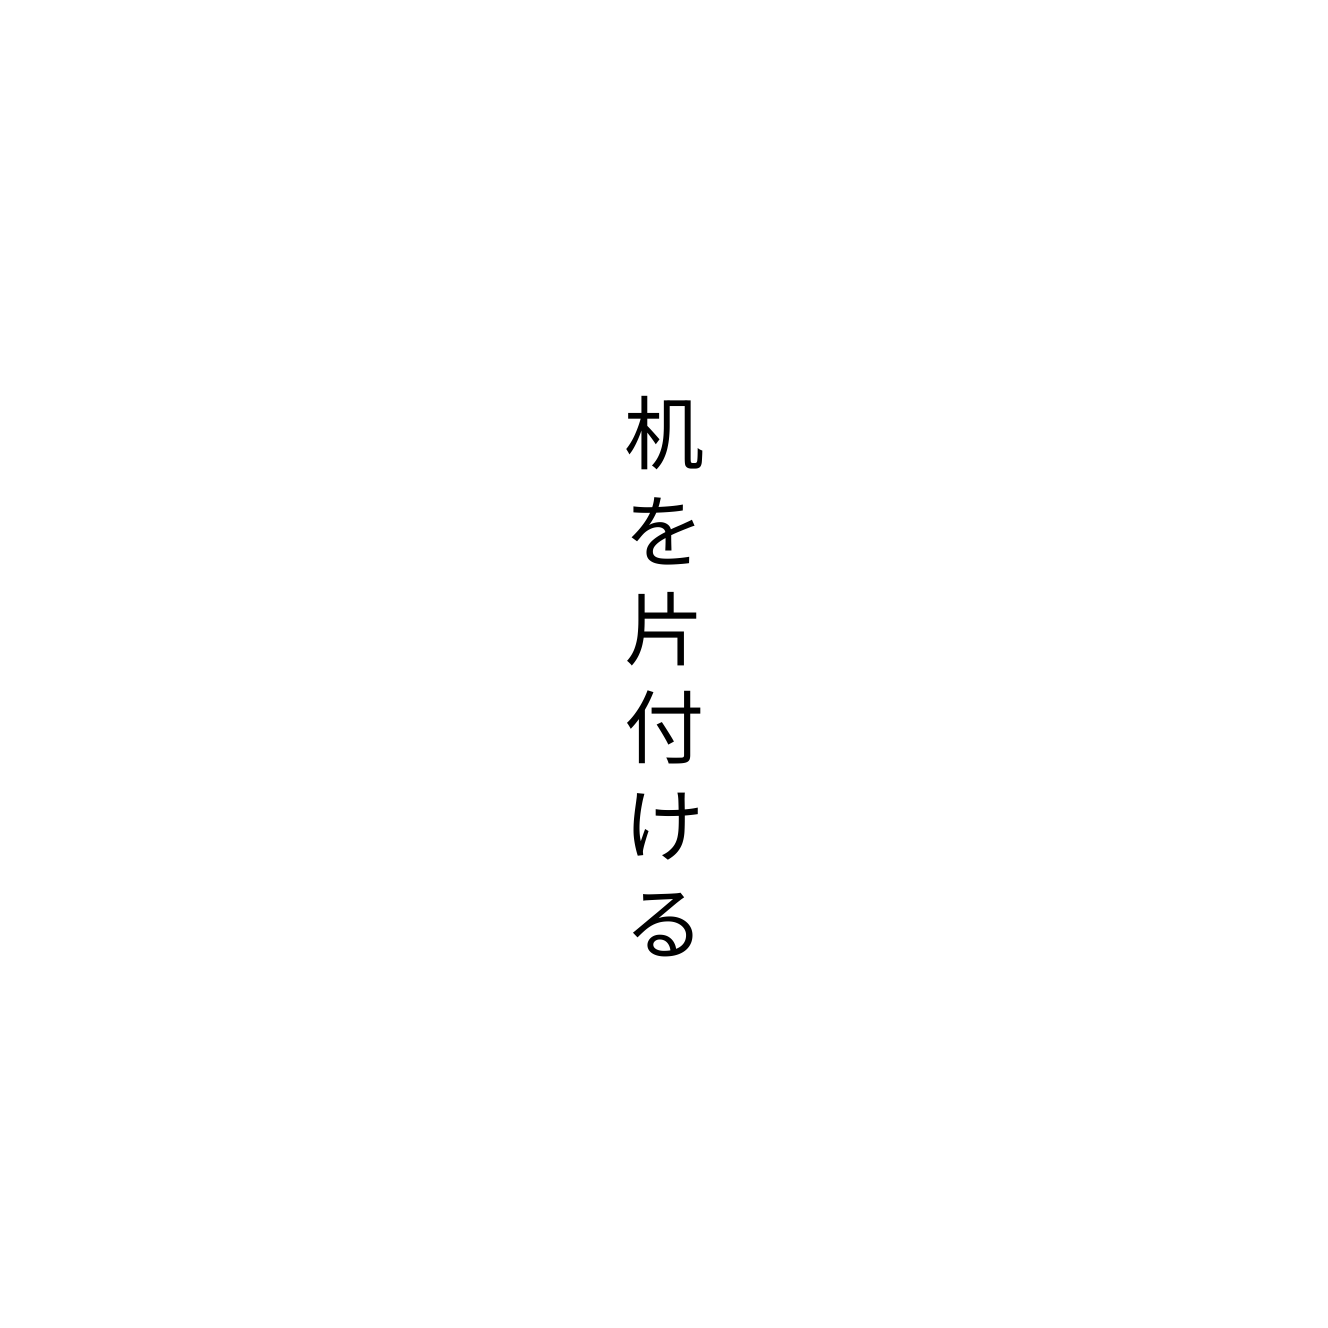
机を片付ける